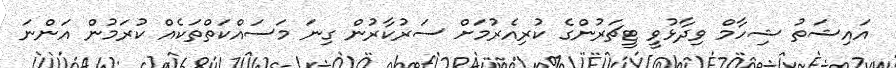
އައިޝަތު ޝިހާމް ވިދާޅުވީ ޓީޗަރުންގެ ކުރިއެރުމަށް ސަރުކާރުން ގިނަ މަސައްކަތްތަކެއް ކުރަމުން އަންނަ